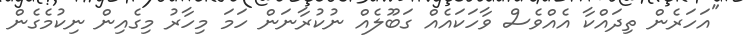
"އަހަރެން ތިދައްކާ އެއްވެސް ވާހަކައެއް ގަބޫލެއް ނުކުރާނަން ހަމަ މިހާރު މިގެއިން ނިކުމެގެން